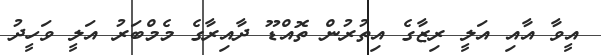
އީވާ އާއި އަލީ ރިޒާގެ އިތުރުން ތޮއްޑޫ ދާއިރާގެ މެމްބަރު އަލީ ވަހީދު